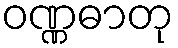
ဝဏ္ဏဓာတု